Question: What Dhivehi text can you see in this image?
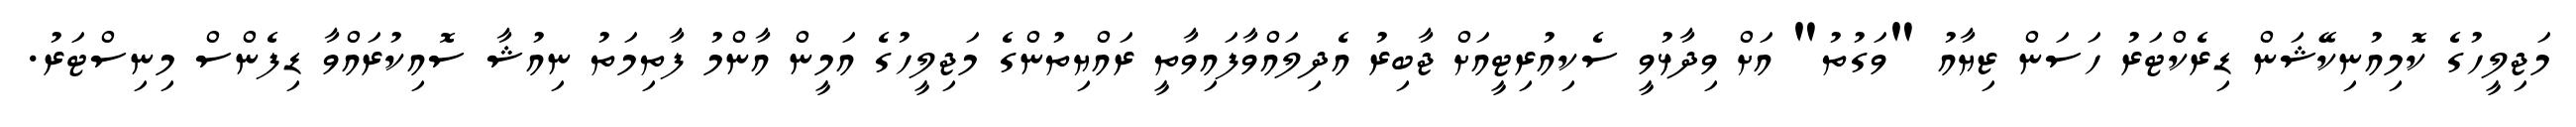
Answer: މަޖިލީހުގެ ކޮމިއުނިކޭޝަން ޑިރެކްޓަރު ހަސަން ޒިޔާއު "ވަގުތު" އަށް ވިދާޅުވީ ސެކިއުރިޓީއަށް ޖާބިރު އެދިލައްވާފައިވާތީ ރައްޔިތުންގެ މަޖިލީހުގެ އަމީން އާންމު ފާތިމަތު ނިއުޝާ ސޮއިކުރައްވާ ޑިފެންސް މިނިސްޓަރު.